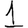
Digit: 1